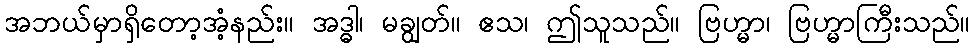
အဘယ်မှာရှိတော့အံ့နည်း။ အဒ္ဓါ၊ မချွတ်။ ဧသ၊ ဤသူသည်။ ဗြဟ္မာ၊ ဗြဟ္မာကြီးသည်။